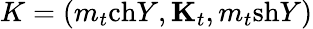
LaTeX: K=(m_{t}\mathrm{ch}Y,{\mathbf K}_{t},m_{t}\mathrm{sh}Y)